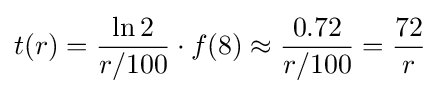
t(r)={\frac {\ln 2}{r/100}}\cdot f(8)\approx {\frac {0.72}{r/100}}={\frac {72}{r}}